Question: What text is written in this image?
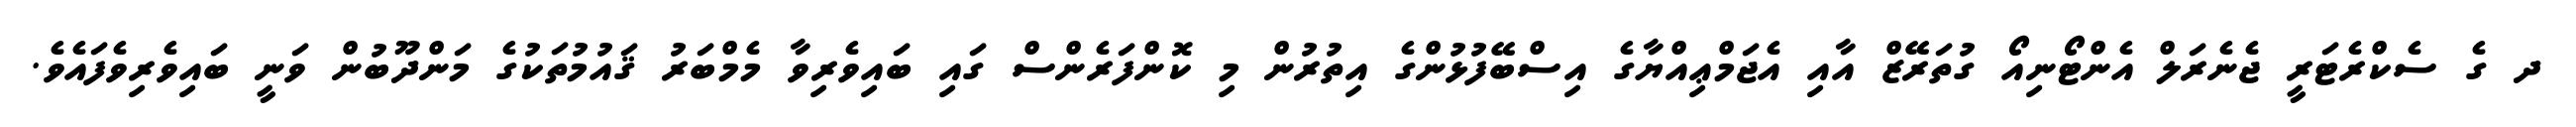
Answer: ދ ގެ ސެކްރެޓަރީ ޖެނެރަލް އެންޓޯނިއޯ ގުތަރޭޒް އާއި އެޖަމްޢިއްޔާގެ އިސްބޭފުޅުންގެ އިތުރުން މި ކޮންފަރެންސް ގައި ބައިވެރިވާ މެމްބަރު ޤައުމުތަކުގެ މަންދޫބުން ވަނީ ބައިވެރިވެފައެވެ.